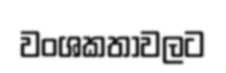
වංශකතාවලට